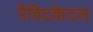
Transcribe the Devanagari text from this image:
रैबिटकेटल